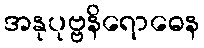
အနုပုဗ္ဗနိရောဓေန